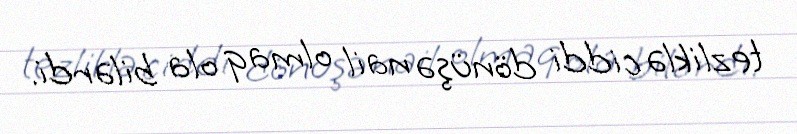
tezliklə ciddi dönüşə nail olmaq ola bilərdi.